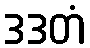
ဒဒတံ